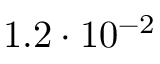
1 . 2 \cdot 1 0 ^ { - 2 }